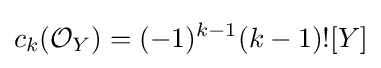
c_{k}({\mathcal {O}}_{Y})=(-1)^{k-1}(k-1)![Y]